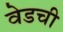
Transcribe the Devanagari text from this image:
वेडची